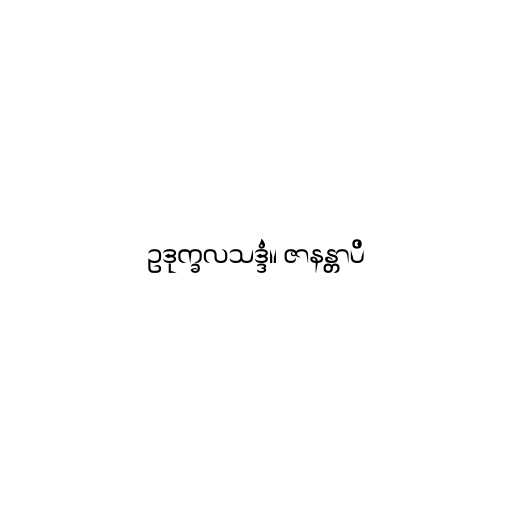
ဥဒုက္ခလသဒ္ဒံ။ ဇာနန္တာပိ